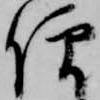
僧